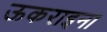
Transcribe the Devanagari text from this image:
ऊकराइना